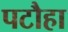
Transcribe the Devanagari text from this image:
पटौहा